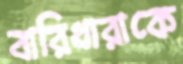
বারিধারাকে